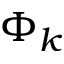
\Phi _ { k }